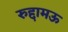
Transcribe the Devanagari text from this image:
रुद्दामऊ